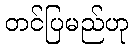
တင်ပြမည်ဟု